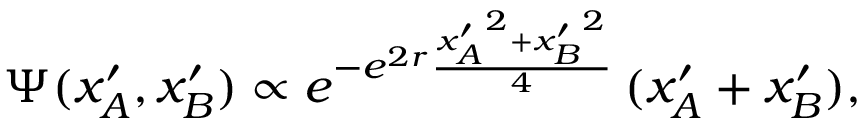
\Psi ( x _ { A } ^ { \prime } , x _ { B } ^ { \prime } ) \propto e ^ { - e ^ { 2 r } \frac { { x _ { A } ^ { \prime } } ^ { 2 } + { x _ { B } ^ { \prime } } ^ { 2 } } { 4 } } \, ( x _ { A } ^ { \prime } + x _ { B } ^ { \prime } ) ,